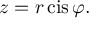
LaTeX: z = r \operatorname { c i s } \varphi .